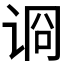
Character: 𰵪